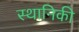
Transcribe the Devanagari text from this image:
स्थानिकी